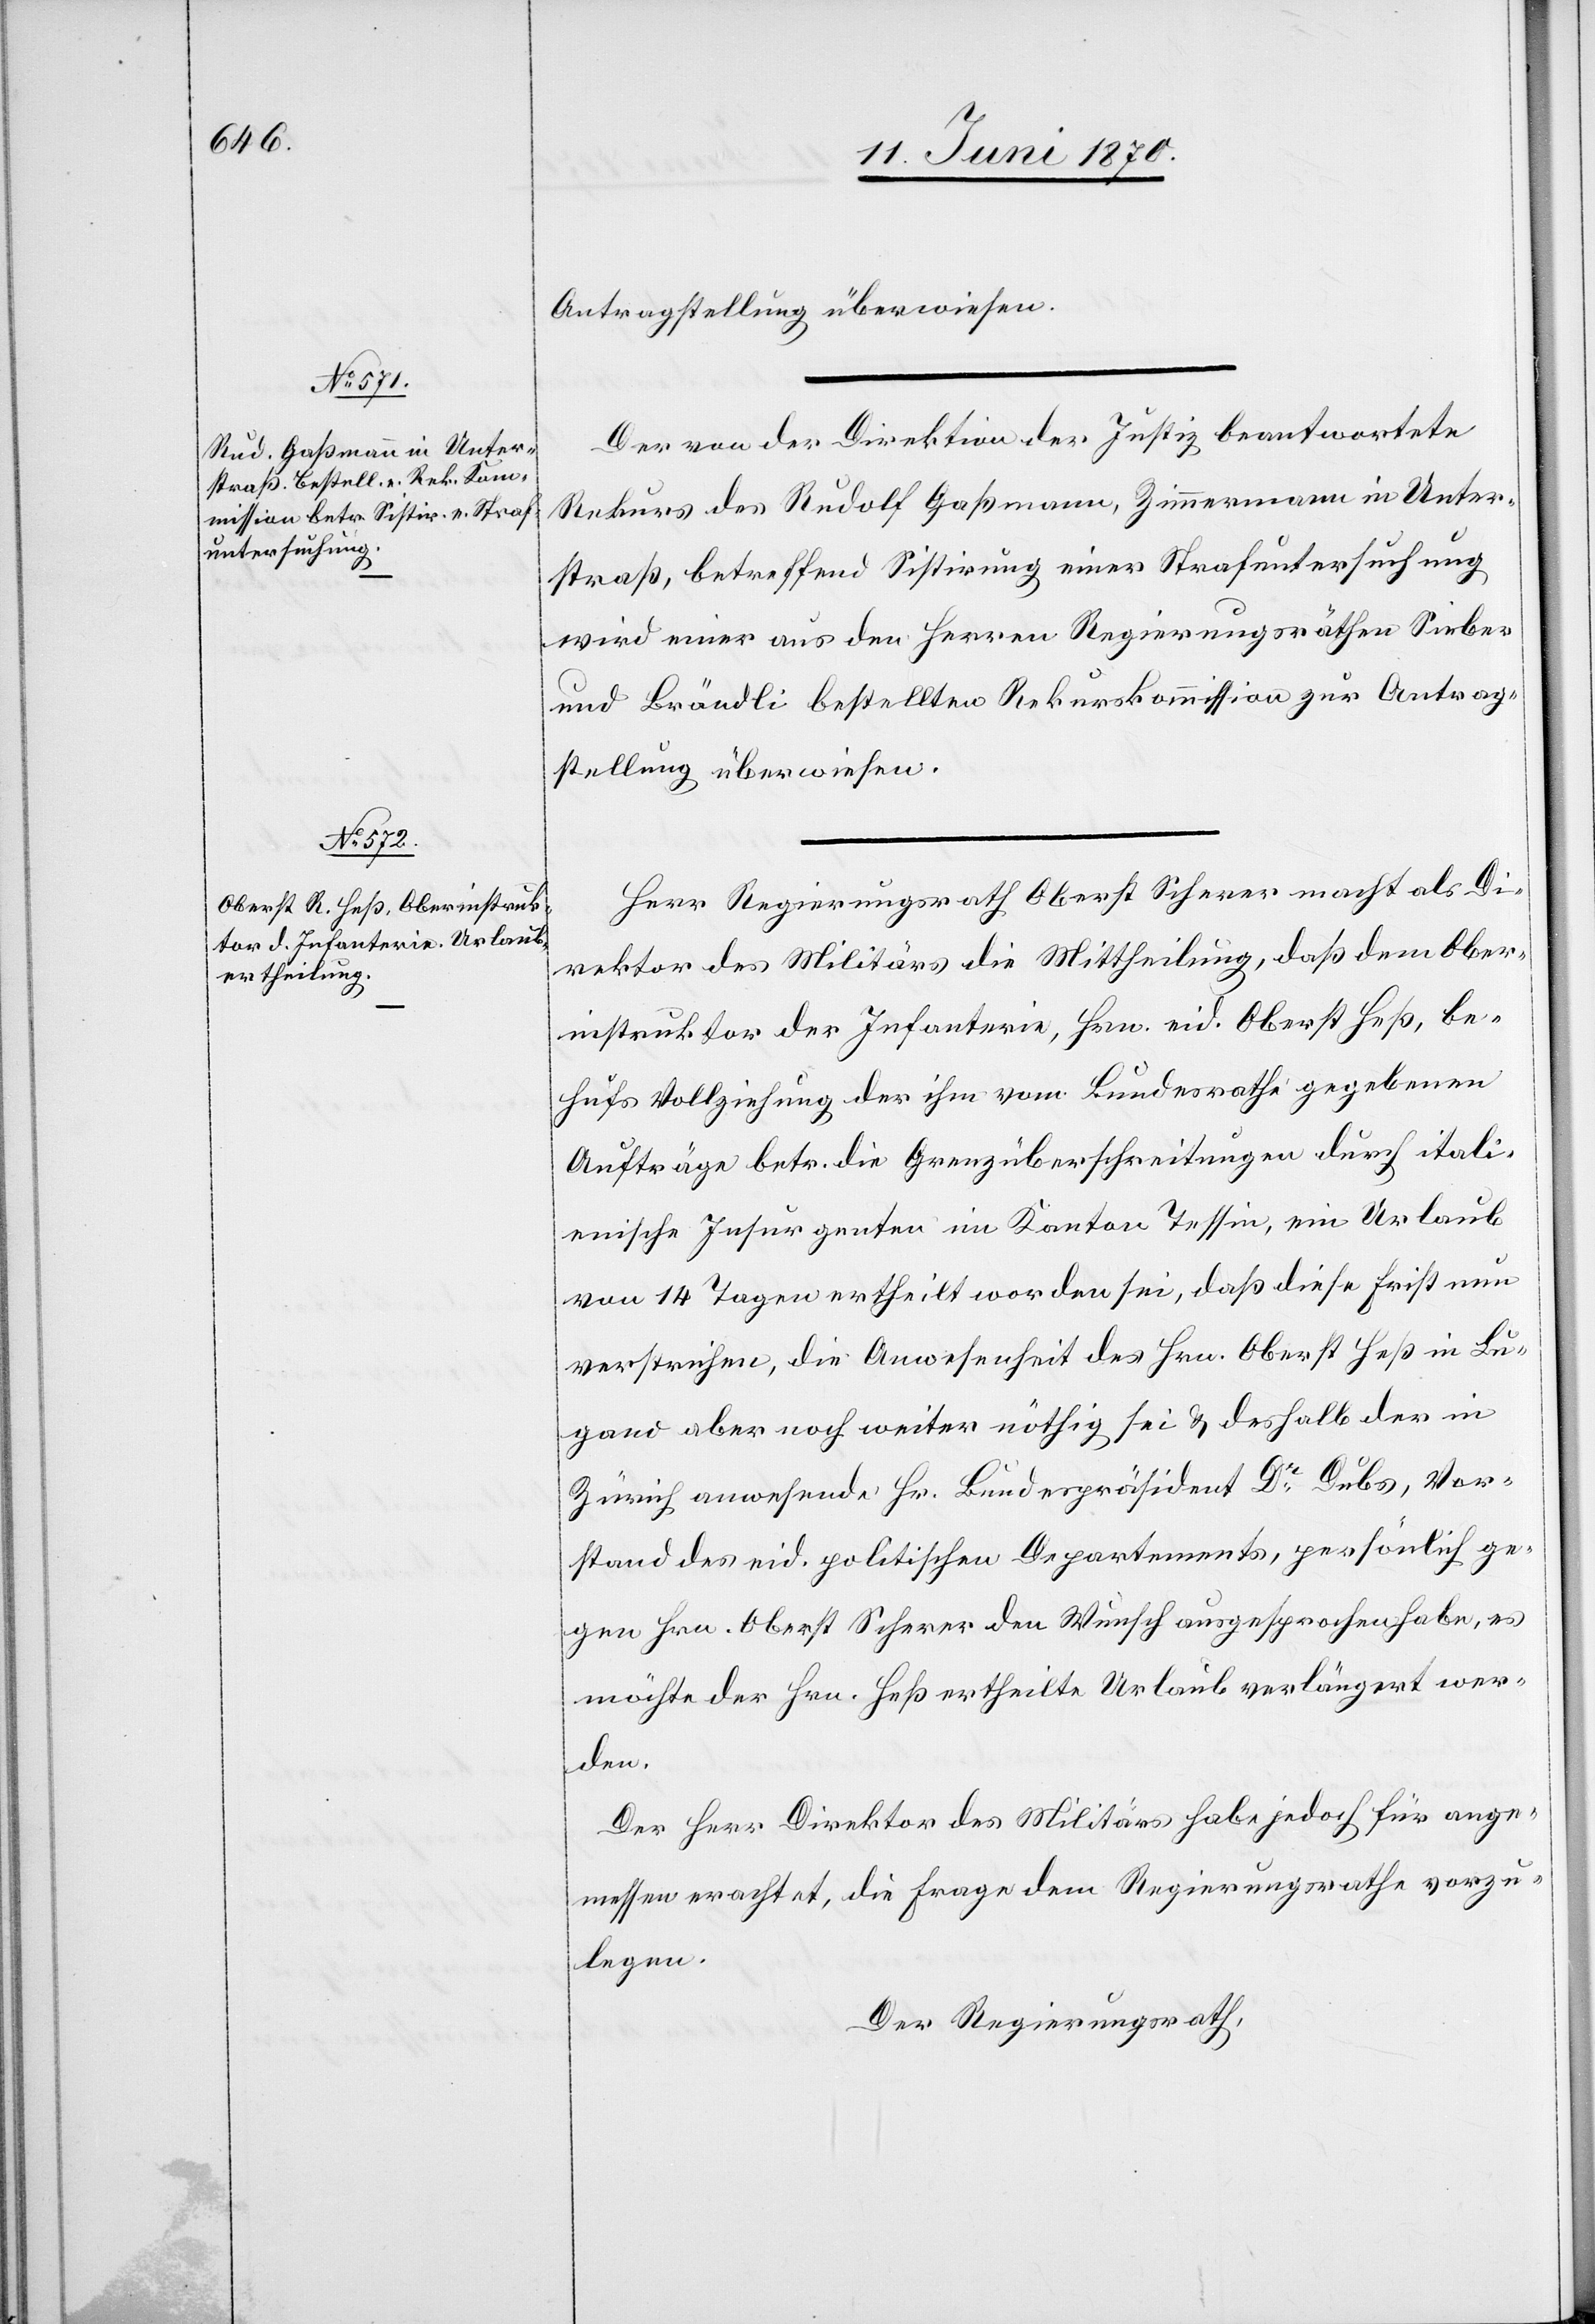
Antragstellung überwiesen.
Der von der Direktion der Justiz beantwortete
Rekurs des Rudolf Gaßmann, Zimmermann in Unter¬
straß, betreffend Sistirung einer Strafuntersuchung
wird einer aus den Herren Regierungsräthen Sieber
und Brändli bestellten Rekurskommission zur Antrag¬
stellung überweisen.
Herr Regierungsrath Oberst Scherer macht als Di¬
rektor des Militärs die Mittheilung, daß dem Ober¬
instruktor der Infanterie, Hrn. eid. Oberst Heß, be¬
hufs Vollziehung der ihm vom Bundesrathe gegebenen
Aufträge betr. die Grenzüberschreitungen durch itali¬
enische Insurgenten im Kanton Tessin, ein Urlaub
vom 14 Tagen ertheilt worden sei, daß diese Frist nun
verstrichen, die Anwesenheit des Hrn. Oberst Heß in Lu¬
gano aber noch weiter nöthig sei & deshalb der in
Zürich anwesende Hr. Bundespräsident Dr Dubs, Vor¬
stand des eid. politischen Departements, persönlich ge¬
gen Hrn. Oberst Scherer den Wunsch ausgesprochen habe, es
möchte der Hrn. Heß ertheilte Urlaub verlängert wer¬
den.
Der Herr Direktor des Militärs habe jedoch für ange¬
messen erachtet, die Frage dem Regierungsrathe vorzu¬
legen.
Der Regierungsrath,